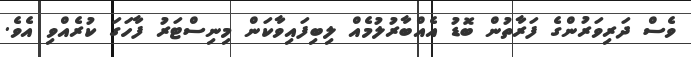
ވެސް ދަރިވަރުންގެ ފަރާތުން ބޮޑު އެއްބާރުލުމެއް ލިބިފައިވާކަން މިނިސްޓަރު ފާހަގަ ކުރެއްވި އެވެ.